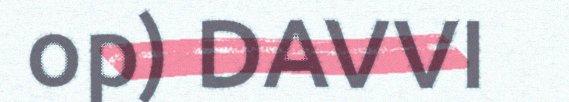
op) DAVVI